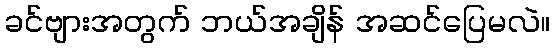
ခင်ဗျားအတွက် ဘယ်အချိန် အဆင်ပြေမလဲ။